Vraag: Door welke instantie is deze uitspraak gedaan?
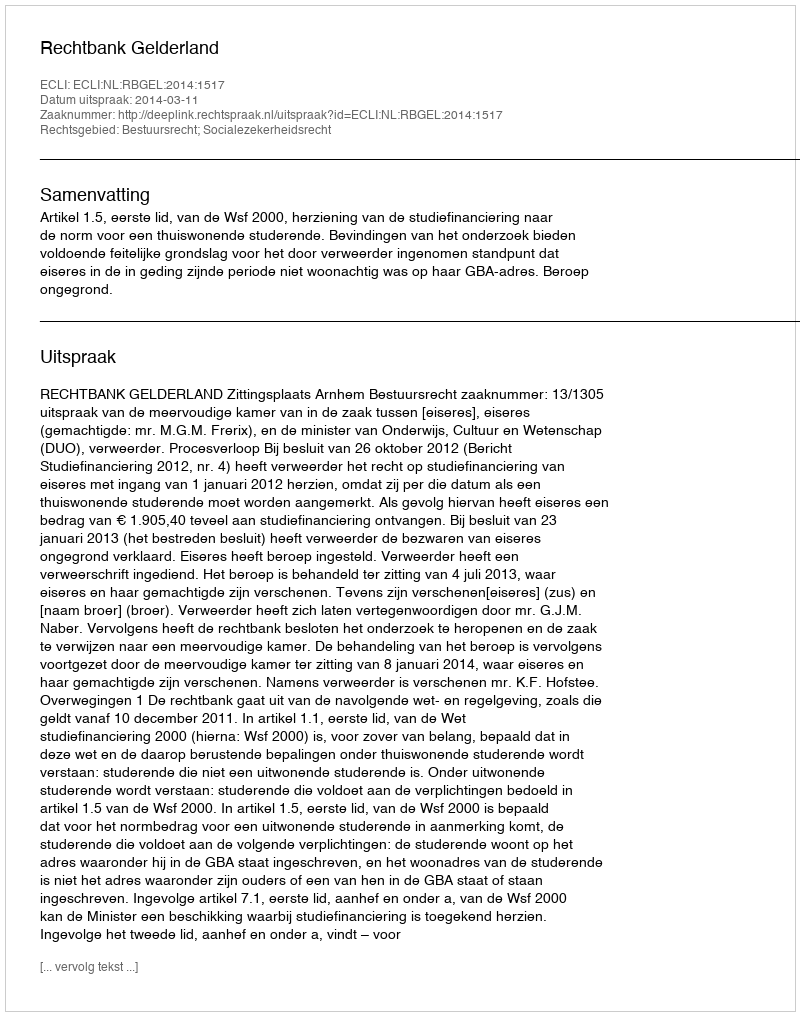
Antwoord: Rechtbank Gelderland